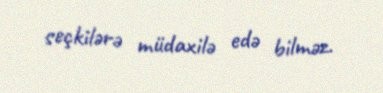
seçkilərə müdaxilə edə bilməz.